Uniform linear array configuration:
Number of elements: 12
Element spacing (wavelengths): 1
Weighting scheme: blackman
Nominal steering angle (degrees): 60
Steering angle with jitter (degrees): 60.526
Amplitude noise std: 0.05
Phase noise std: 0.05

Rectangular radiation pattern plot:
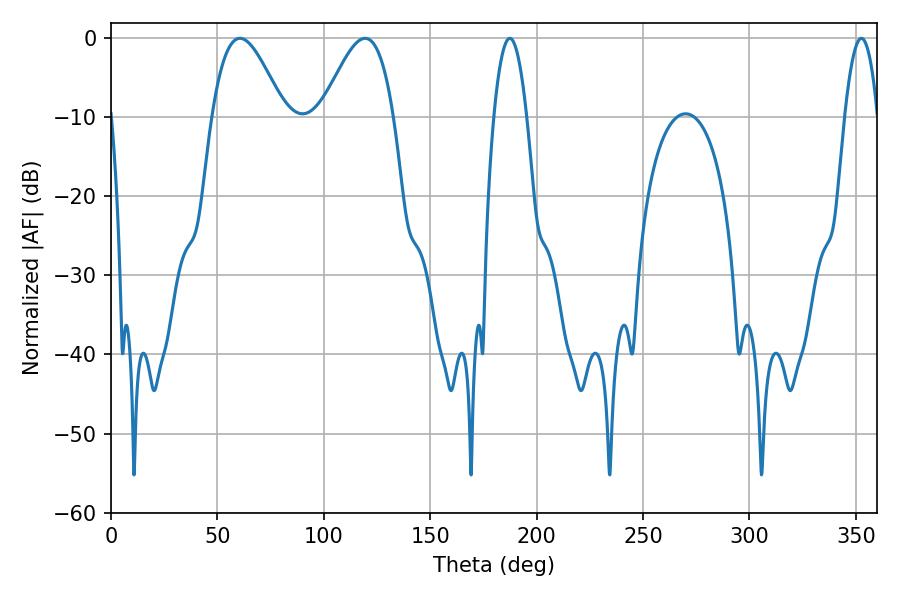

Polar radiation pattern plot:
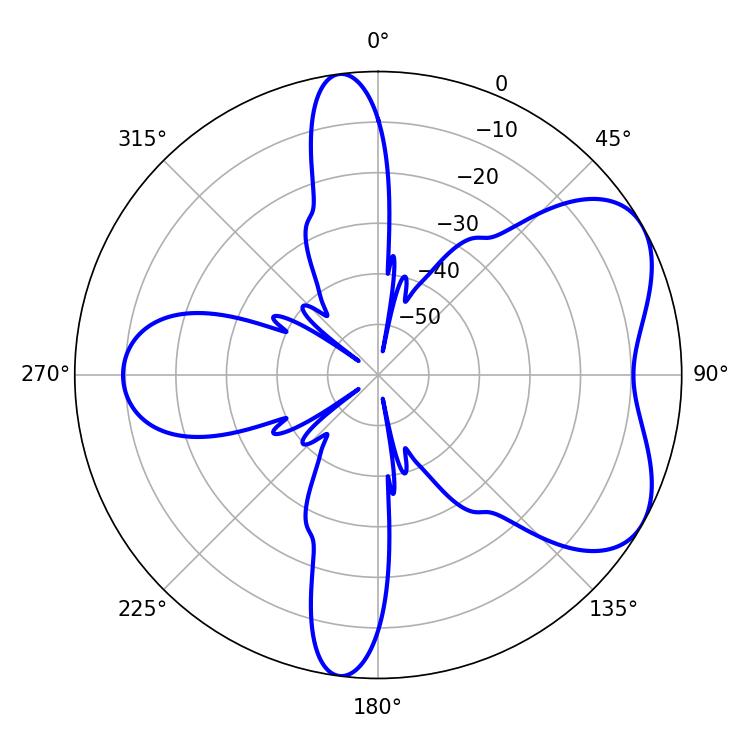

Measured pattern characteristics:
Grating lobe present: TRUE
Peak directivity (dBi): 5.558
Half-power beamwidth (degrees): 8.46
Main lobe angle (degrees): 187.38